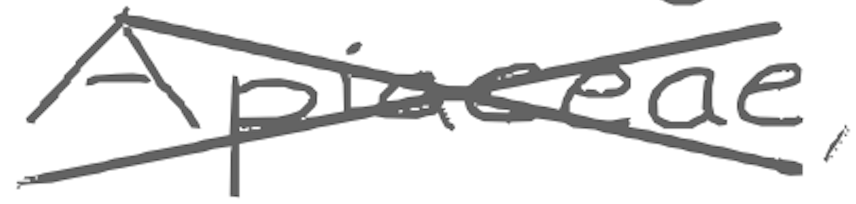
Text: Apiaceae,
Cross-out: cross
Writing tool: digital_gray